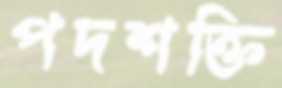
পদশক্তি